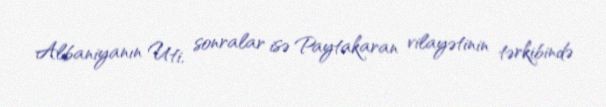
Albaniyanın Uti, sonralar isə Paytakaran vilayətinin tərkibində